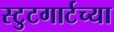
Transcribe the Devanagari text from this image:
स्टुटगार्टच्या